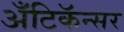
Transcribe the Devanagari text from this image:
अँटिकॅन्सर